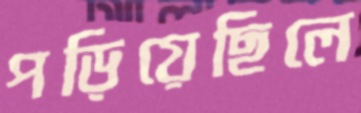
পড়িয়েছিলে